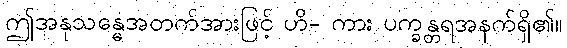
ဤအနုသန္ဓေအတက်အားဖြင့် ဟိ- ကား ပက္ခန္တရအနက်ရှိ၏။